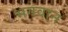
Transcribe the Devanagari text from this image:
भगवान